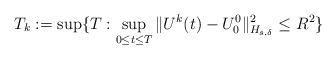
LaTeX: \begin{align*} T_k:=\sup\{T:\sup_{0\leq t\leq T} \|U^k(t)-U_0^0\|_{H_{s,\delta}}^2\leq R^2\} \end{align*}